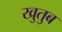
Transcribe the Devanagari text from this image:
खुतुब